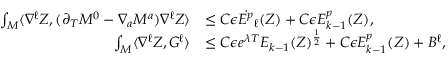
\begin{array} { r l } { \int _ { M } \langle \nabla ^ { \ell } Z , ( \partial _ { T } M ^ { 0 } - \nabla _ { a } M ^ { a } ) \nabla ^ { \ell } Z \rangle } & { \leq C \epsilon \dot { E ^ { p } } _ { \ell } ( Z ) + C \epsilon E _ { k - 1 } ^ { p } ( Z ) , } \\ { \int _ { M } \langle \nabla ^ { \ell } Z , G ^ { \ell } \rangle } & { \leq C \epsilon e ^ { \lambda T } E _ { k - 1 } ( Z ) ^ { \frac { 1 } { 2 } } + C \epsilon E _ { k - 1 } ^ { p } ( Z ) + B ^ { \ell } , } \end{array}